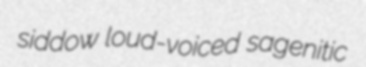
siddow loud-voiced sagenitic